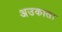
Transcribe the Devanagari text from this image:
अउकात।